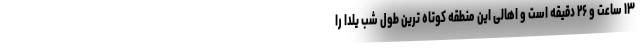
۱۳ ساعت و ۲۶ دقیقه است و اهالی این منطقه کوتاه ترین طول شب یلدا را